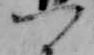
つ